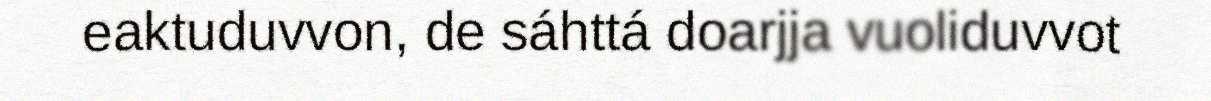
eaktuduvvon, de sáhttá doarjja vuoliduvvot